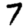
Digit: 7